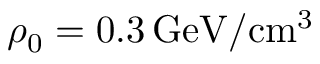
\rho _ { 0 } = 0 . 3 \, \mathrm { G e V } / \mathrm { c m } ^ { 3 }